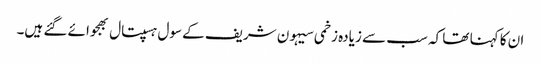
ان کا کہنا تھا کہ سب سے زیادہ زخمی سیہون شریف کے سول ہسپتال بھجوائے گئے ہیں۔